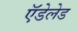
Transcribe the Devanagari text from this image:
ऍडेलेड